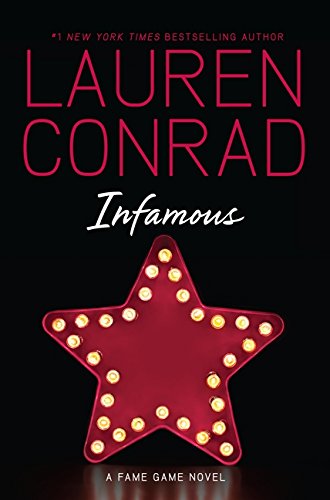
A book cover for Infamous (Fame Game); Lauren Conrad; Teen & Young Adult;